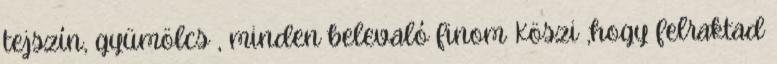
tejszín, gyümölcs , minden belevaló finom Köszi ,hogy felraktad